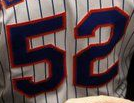
52